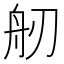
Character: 𦨔